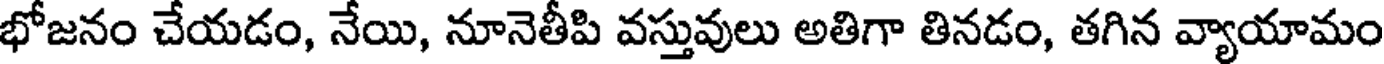
భోజనం చేయడం, నేయి, నూనెతీపి వస్తువులు అతిగా తినడం, తగిన వ్యాయామం